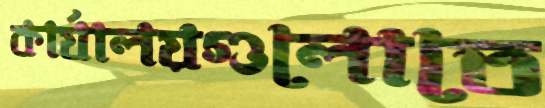
কার্যালয়গুলোতে